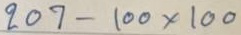
207 - 100 x 100